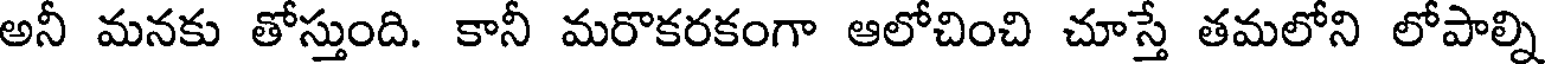
అనీ మనకు తోస్తుంది. కానీ మరొకరకంగా ఆలోచించి చూస్తే తమలోని లోపాల్ని